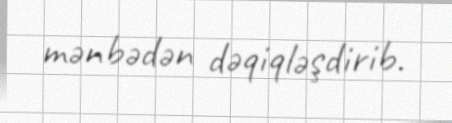
mənbədən dəqiqləşdirib.